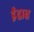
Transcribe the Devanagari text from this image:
ईंद्रात